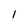
Character: 1